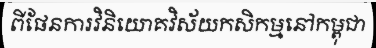
ពីផែនការវិនិយោគវិស័យកសិកម្មនៅកម្ពុជា